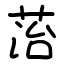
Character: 菭